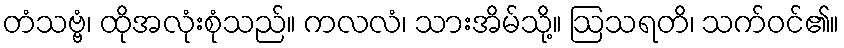
တံသဗ္ဗံ၊ ထိုအလုံးစုံသည်။ ကလလံ၊ သားအိမ်သို့။ ဩသရတိ၊ သက်ဝင်၏။